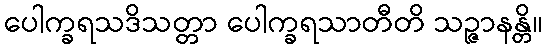
ပေါက္ခရသဒိသတ္တာ ပေါက္ခရသာတီတိ သဉ္ဇာနန္တိ။